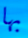
بها